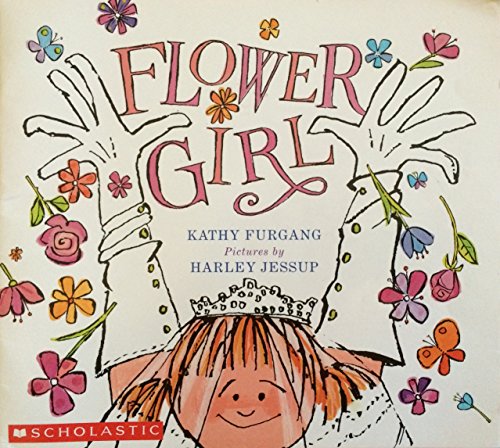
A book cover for Flower Girl; Kathy Furgang; Crafts, Hobbies & Home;